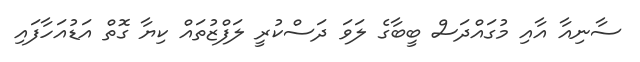
ސާނިއާ އާއި މުގައްދަސް ބީބާގެ ލަވަ ދަސްކުރީ ލަފްޒުތައް ކިޔާ ގޮތް އަޑުއަހާފައި